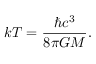
k T = { \frac { \hbar c ^ { 3 } } { 8 \pi G M } } .